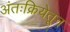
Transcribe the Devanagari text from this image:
अंतःक्रियेतून